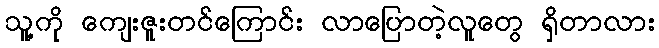
သူ့ကို ကျေးဇူးတင်ကြောင်း လာပြောတဲ့လူတွေ ရှိတာလား